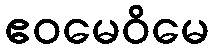
ဧဝမေဝိမေ